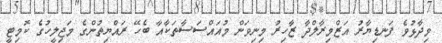
ވިދާޅުވެ ފަނޑިޔާރު އަޒްމިރާލްދާ ޒާހިރު މިނިވަން މުއައްސަސާތަކާއާ ބެހޭ ރައްޔިތުންގެ މަޖިލީހުގެ ކޮމިޓީ